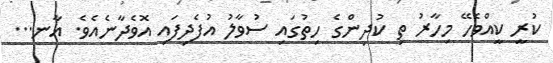
ކުރީ ކީއްވެހޭ މިހާރު ތި ކުދިންގެ ހިތުގައި ސުވާލު އުފެދިފައި އޮވެދާނެއެވެ. އާނ...